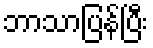
ဘာသာပြန်ပြီး